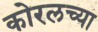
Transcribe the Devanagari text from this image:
कोरलच्या